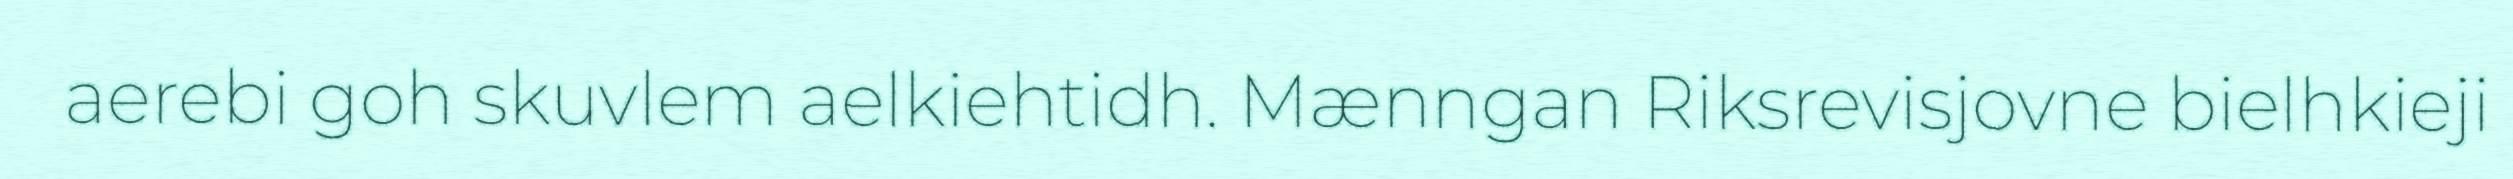
aerebi goh skuvlem aelkiehtidh. Mænngan Riksrevisjovne bielhkieji